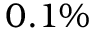
0 . 1 \%